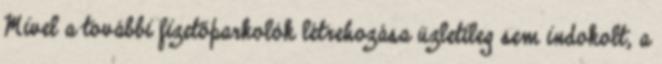
Mivel a további fizetőparkolók létrehozása üzletileg sem indokolt, a